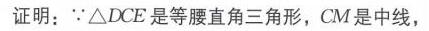
证明：\(\because\triangle DCE\) 是等腰直角三角形，\(CM\) 是中线，